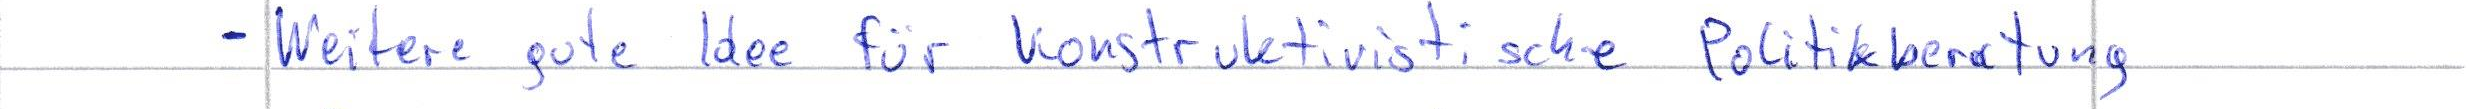
- Weitere gute Idee für konstruktivistische Politikberatung